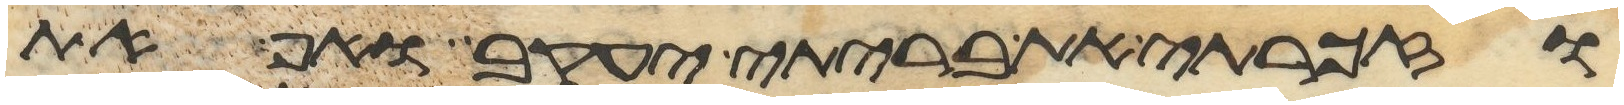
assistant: וזכרתי את בריתי יעקב ואף את